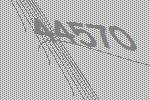
44570